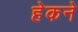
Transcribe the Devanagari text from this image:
हेकने